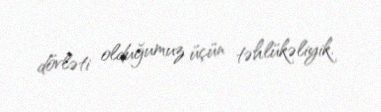
dövləti olduğumuz üçün təhlükəliyik.